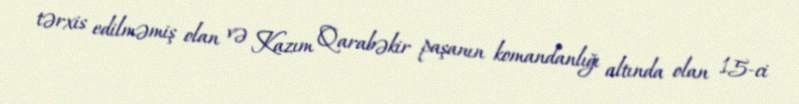
tərxis edilməmiş olan və Kazım Qarabəkir paşanın komandanlığı altında olan 15-ci